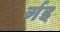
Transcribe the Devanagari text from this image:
र्गइ